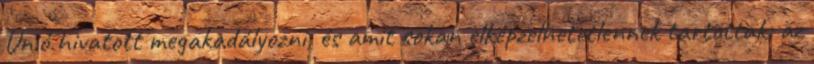
Unió hivatott megakadályozni, és amit sokan elképzelhetetlennek tartottak: az